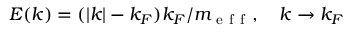
E ( k ) = ( | k | - k _ { F } ) k _ { F } / m _ { \mathrm { ~ e ~ f ~ f ~ } } , \quad k \to k _ { F }